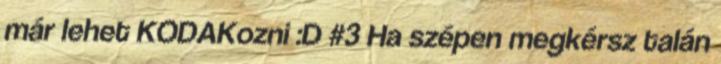
már lehet KODAKozni :D #3 Ha szépen megkérsz talán